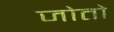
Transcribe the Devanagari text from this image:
जोतो